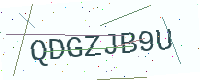
Text: QDGZJB9U